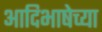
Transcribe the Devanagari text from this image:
आदिभाषेच्या